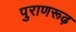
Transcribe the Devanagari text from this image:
पुराणरूढ़